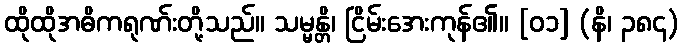
ထိုထိုအဓိကရုဏ်းတို့သည်။ သမ္မန္တိ၊ ငြိမ်းအေးကုန်၏။ [၀၁] (နိ၊ ၃၈၄)